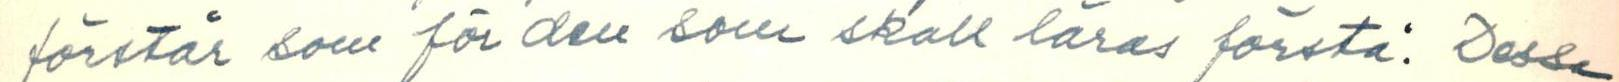
förstår som för den som skall läras förstå. Dessa